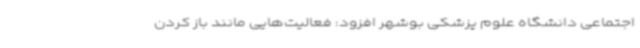
اجتماعی دانشگاه علوم پزشکی بوشهر افزود: فعالیت‌هایی مانند باز کردن